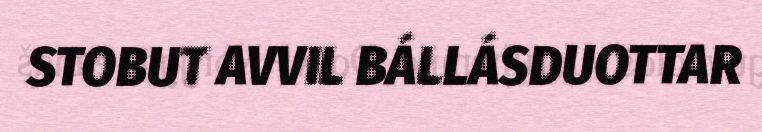
STOBUT AVVIL BÁLLÁSDUOTTAR